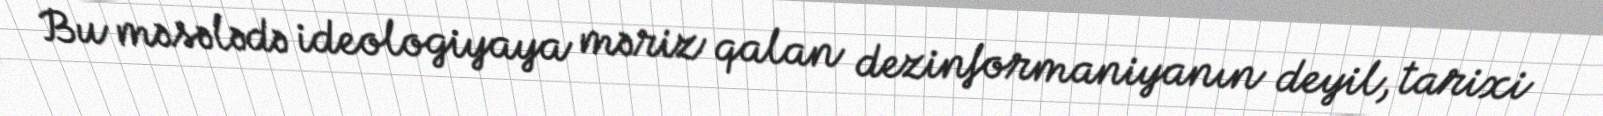
Bu məsələdə ideologiyaya məriz qalan dezinformaniyanın deyil, tarixi